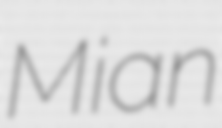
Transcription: Mian